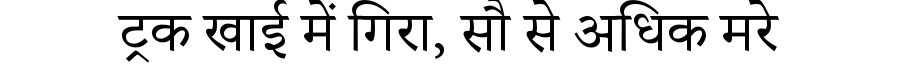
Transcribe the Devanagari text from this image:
ट्रक खाई में गिरा, सौ से अधिक मरे